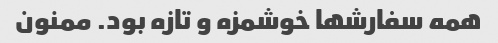
همه سفارشها خوشمزه و تازه بود. ممنون